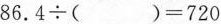
$$8 6 . 4 \div ( ) = 7 2 0$$